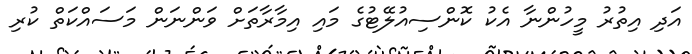
އަދި އިތުރު މީހުންނާ އެކު ކޮންސިއުލޭޓުގެ މައި އިމާރާތަށް ވަންނަން މަސައްކަތް ކުރި